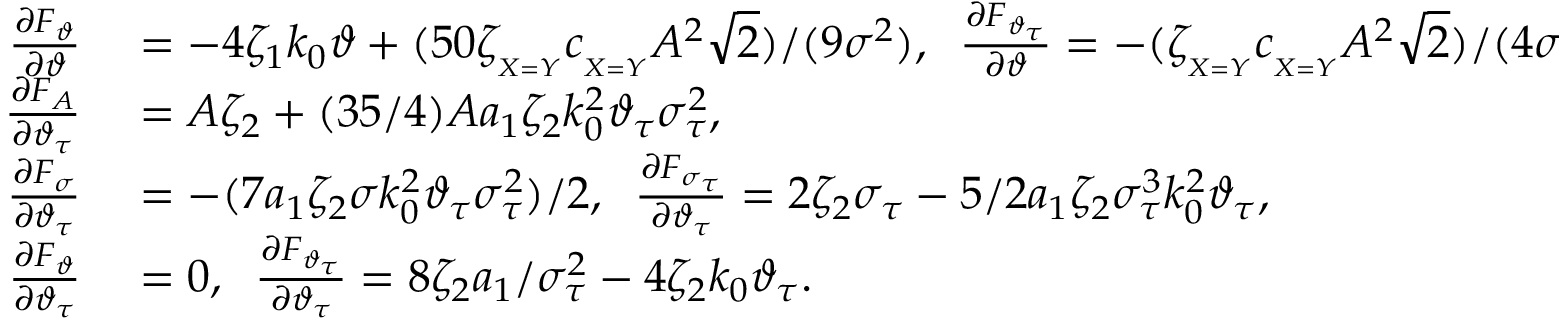
\begin{array} { r l } { \frac { \partial F _ { \vartheta } } { \partial \vartheta } } & { { } = - 4 \zeta _ { 1 } k _ { 0 } \vartheta + ( 5 0 \zeta _ { _ { X = Y } } c _ { _ { X = Y } } A ^ { 2 } \sqrt { 2 } ) / ( 9 \sigma ^ { 2 } ) , \; \; \frac { \partial F _ { \vartheta _ { \tau } } } { \partial \vartheta } = - ( \zeta _ { _ { X = Y } } c _ { _ { X = Y } } A ^ { 2 } \sqrt { 2 } ) / ( 4 \sigma _ { \tau } ^ { 2 } ) , } \\ { \frac { \partial F _ { A } } { \partial \vartheta _ { \tau } } } & { { } = A \zeta _ { 2 } + ( 3 5 / 4 ) A a _ { 1 } \zeta _ { 2 } k _ { 0 } ^ { 2 } \vartheta _ { \tau } \sigma _ { \tau } ^ { 2 } , } \\ { \frac { \partial F _ { \sigma } } { \partial \vartheta _ { \tau } } } & { { } = - ( 7 a _ { 1 } \zeta _ { 2 } \sigma k _ { 0 } ^ { 2 } \vartheta _ { \tau } \sigma _ { \tau } ^ { 2 } ) / 2 , \; \; \frac { \partial F _ { \sigma _ { \tau } } } { \partial \vartheta _ { \tau } } = 2 \zeta _ { 2 } \sigma _ { \tau } - 5 / 2 a _ { 1 } \zeta _ { 2 } \sigma _ { \tau } ^ { 3 } k _ { 0 } ^ { 2 } \vartheta _ { \tau } , } \\ { \frac { \partial F _ { \vartheta } } { \partial \vartheta _ { \tau } } } & { { } = 0 , \; \; \frac { \partial F _ { \vartheta _ { \tau } } } { \partial \vartheta _ { \tau } } = 8 \zeta _ { 2 } a _ { 1 } / \sigma _ { \tau } ^ { 2 } - 4 \zeta _ { 2 } k _ { 0 } \vartheta _ { \tau } . } \end{array}